Sketch of the medical history of the native army of Bombay, for the year
Year: 1876
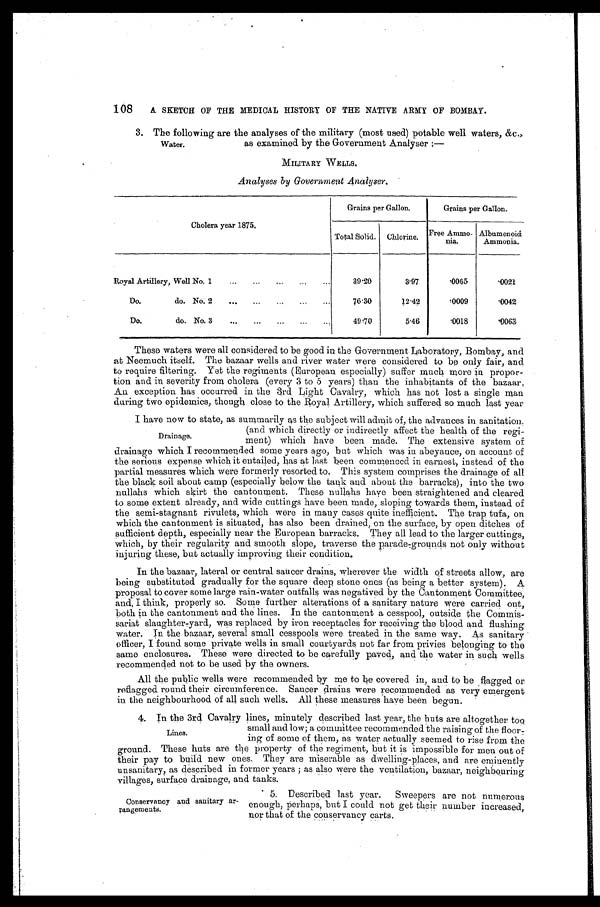
108 A SKETCH OF THE MEDICAL HISTORY OF THE NATIVE ARMY OF BOMBAY.
3. The following are the analyses of the military (most used) potable well waters, &c.,
as examined by the Government Analyser :—
MILITARY WELLS.
Analyses by Government Analyser.
Cholera year 1875.
Grains per Gallon.
Grains per Gallon.
Total Solid. Chlorine.
Free Ammo-
nia.
Albumenoid
Ammonia.
Royal Artillery, Well No. 1
...
39.20
3.97
. 0 0 6 5
.0021
Do.
do. No. 2
...
...
76.30
12.42
.0009
.0042
Do.
do. No. 3
...
...
...
...
49.70
5.46
.0018
.0063
These waters were all considered to be good in the Government Laboratory, Bombay, and
at Neemuch itself. The bazaar wells and river water were considered to be only fair, and
to require filtering. Yet the regiments (European especially) suffer much more in proper
-tion and in severity from cholera (every 3 to 5 years) than the inhabitants of the bazaar.
An exception has occurred in the 3rd Light Cavalry, which has not lost a single man
during two epidemics, though close to the Royal Artillery, which suffered so much last year
I have now to state, as summarily as the subject will admit of, the advances in sanitation.
(and which directly or indirectly affect the health of the regi-
ment) which have been made. The extensive system of
drainage which I recommended some years ago, but which was in abeyance, on account of
the serious expense which it entailed, has at last been commenced in earnest, instead of the
partial measures which were formerly resorted to. This system comprises the drainage of all
the black soil about camp (especially below the tank and about the barracks), into the two
nullahs which skirt the cantonment. These nullahs have been straightened and cleared
to some extent already, and wide cuttings have been made, sloping towards them, instead of
the semi-stagnant rivulets, which were in many cases quite inefficient. The trap tufa, on
which the cantonment is situated, has also been drained, on the surface, by open ditches of
sufficient depth, especially near the European barracks. They all lead to the larger cuttings,
which, by their regularity and smooth slope, traverse the parade-grounds not only without
injuring these, but actually improving their condition.
In the bazaar, lateral or central saucer drains, wherever the width of streets allow, are
being substituted gradually for the square deep stone ones (as being a better system). A
proposal to cover some large rain-water outfalls was negatived by the Cantonment Committee,
and, I think, properly so. Some further alterations of a sanitary nature were carried out,
both in the cantonment and the lines. In the cantonment a cesspool, outside the Commis-
sariat slaughter-yard, was replaced by iron receptacles for receiving the blood and flushing
water. In the bazaar, several small cesspools were treated in the same way. As sanitary
officer, I found some private wells in small courtyards not far from privies belonging to the
same enclosures. These were directed to be carefully paved, and the water in such wells
recommended not to be used by the owners.
All the public wells were recommended by me to be covered in, and to be flagged or
reflagged round their circumference. Saucer drains were recommended as very emergent
in the neighbourhood of all such wells. All these measures have been begun.
4. In the 3rd Cavalry lines, minutely described last year, the huts are altogether too
small and low; a committee recommended the raising of the floor-
ing of some of them, as water actually seemed to rise from the
ground. These huts are the property of the regiment, but it is impossible for men out of
their pay to build new ones. They are miserable as dwelling-places, and are eminently
unsanitary, as described in former years ; as also were the ventilation, bazaar, neighbouring
vi l l a ge s , s ur f a c e dr a i na ge , a nd t a nks .
Water.
Drainage.
Lines.
Conservancy and sanitary ar-
rangements.
5. Described last year. Sweepers are not numerous
enough, perhaps, but I could not get their number increased,
nor that of the conservancy carts.